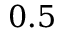
0 . 5